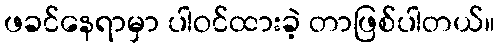
ဖခင်နေရာမှာ ပါဝင်ထားခဲ့ တာဖြစ်ပါတယ်။